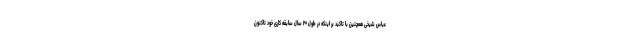
عباس شیخی همچنین با تاکید بر اینکه در طول ۲۰ سال سابقه کاری خود تاکنون